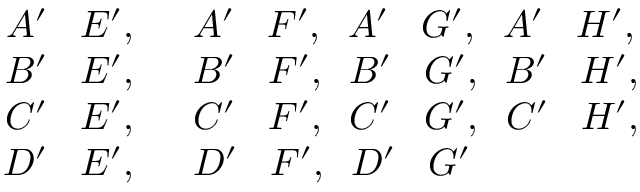
\begin{array} { r l } { A ^ { \prime } \leftrightarrowtriangle E ^ { \prime } , } & { \; \; A ^ { \prime } \leftrightarrowtriangle F ^ { \prime } , \; \; A ^ { \prime } \leftrightarrowtriangle G ^ { \prime } , \; \; A ^ { \prime } \leftrightarrowtriangle H ^ { \prime } , } \\ { B ^ { \prime } \leftrightarrowtriangle E ^ { \prime } , } & { \; \; B ^ { \prime } \leftrightarrowtriangle F ^ { \prime } , \; \; B ^ { \prime } \leftrightarrowtriangle G ^ { \prime } , \; \; B ^ { \prime } \leftrightarrowtriangle H ^ { \prime } , } \\ { C ^ { \prime } \leftrightarrowtriangle E ^ { \prime } , } & { \; \; C ^ { \prime } \leftrightarrowtriangle F ^ { \prime } , \; \; C ^ { \prime } \leftrightarrowtriangle G ^ { \prime } , \; \; C ^ { \prime } \leftrightarrowtriangle H ^ { \prime } , } \\ { D ^ { \prime } \leftrightarrowtriangle E ^ { \prime } , } & { \; \; D ^ { \prime } \leftrightarrowtriangle F ^ { \prime } , \; \; D ^ { \prime } \leftrightarrowtriangle G ^ { \prime } } \end{array}